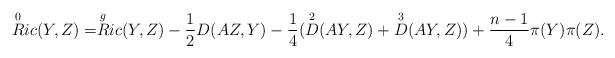
LaTeX: \begin{align*}\overset{0}{R}ic (Y,Z) = & \overset{g}{R}ic (Y,Z)- \frac{1}{2} {D} (AZ,Y) - \frac{1}{4} (\overset{2}{D} (AY,Z) + \overset{3}{D} (AY,Z)) + \frac{n-1}{4} \pi (Y) \pi (Z).\end{align*}